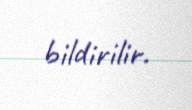
bildirilir.